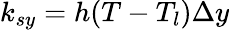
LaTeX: k_{sy}=h(T-T_{l})\Delta y